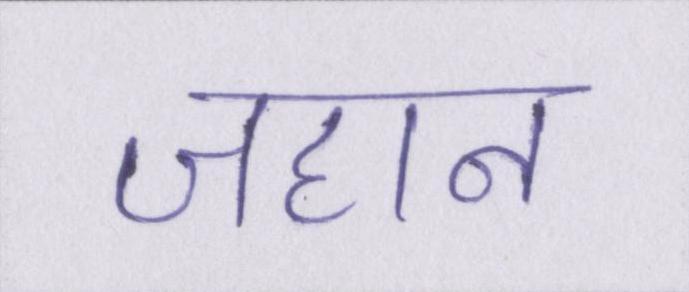
जहान